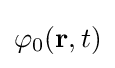
\varphi _{0}(\mathbf {r} ,t)